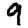
Digit: 9